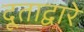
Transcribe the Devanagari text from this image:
दूताद्वारे